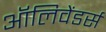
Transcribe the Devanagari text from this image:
ऑलिवेंडर्स